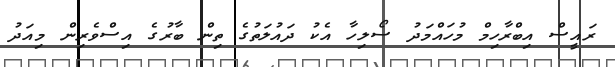
ރައީސް އިބްރާހިމް މުހައްމަދު ސޯލިހާ އެކު ދައުލަތުގެ ތިން ބާރުގެ އިސްވެރިން މިއަދު